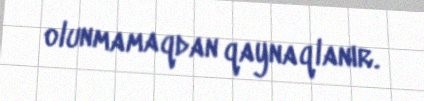
olunmamaqdan qaynaqlanır.